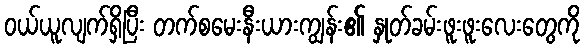
ဝယ်ယူလျက်ရှိပြီး တက်စမေးနီးယားကျွန်း၏ နှုတ်ခမ်းဖူးဖူးလေးတွေကို